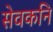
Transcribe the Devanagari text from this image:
सेवकनि